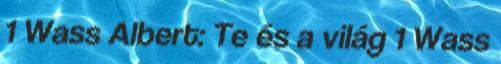
1 Wass Albert: Te és a világ 1 Wass